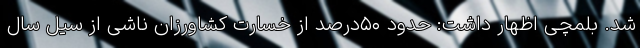
شد. بلمچی اظهار داشت: حدود ۵۰درصد از خسارت کشاورزان ناشی از سیل سال